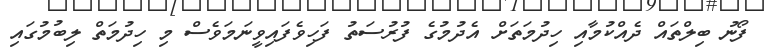
ފޯނު ބިލްތައް ދެއްކުމާއި ހިދުމަތަށް އެދުމުގެ ފުރުސަތު ފަހިވެފައިވީނަމަވެސް މި ހިދުމަތް ލިބުމުގައި